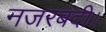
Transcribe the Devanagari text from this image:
नजरबंदी।